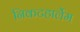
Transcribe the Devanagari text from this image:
निकटहार्लेम